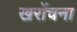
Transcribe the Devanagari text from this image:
खरोंचना